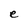
Character: e